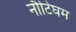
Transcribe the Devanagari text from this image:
नौटिंघम